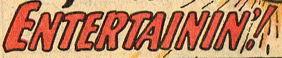
ENTERTAININ'!